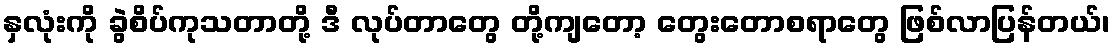
နှလုံးကို ခွဲစိပ်ကုသတာတို့ ဒီ လုပ်တာတွေ တို့ကျတော့ တွေးတောစရာတွေ ဖြစ်လာပြန်တယ်၊